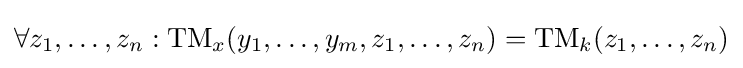
\forall z_{1},\dots ,z_{n}:{\text{TM}}_{x}(y_{1},\dots ,y_{m},z_{1},\dots ,z_{n})={\text{TM}}_{k}(z_{1},\dots ,z_{n})